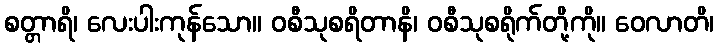
စတ္တာရိ၊ လေးပါးကုန်သော။ ဝစီသုစရိတာနိ၊ ဝစီသုစရိုက်တို့ကို။ ဝေလာတိ၊